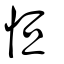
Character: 恒